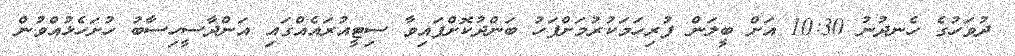
ދުވަހުގެ ހެނދުނު 10:30 އަށް ބީލަން ފުރިހަމަކުރުމަށްފަހު ބަންދުކޮށްފައިވާ ސިޓީއުރައެއްގައި އަންދާސީހިސާބު ހުށަހެޅުއްވުން